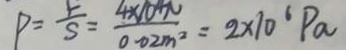
P = \frac { F } { S } = \frac { 4 \times 1 0 ^ { 4 } N } { 0 . 0 2 m ^ { 2 } } = 2 \times 1 0 ^ { 6 } P _ { a }